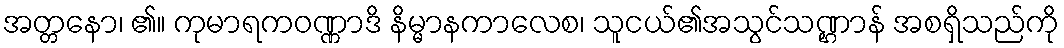
အတ္တနော၊ ၏။ ကုမာရကဝဏ္ဏာဒိ နိမ္မာနကာလေစ၊ သူငယ်၏အသွင်သဏ္ဌာန် အစရှိသည်ကို